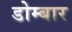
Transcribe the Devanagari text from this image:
डोम्बार